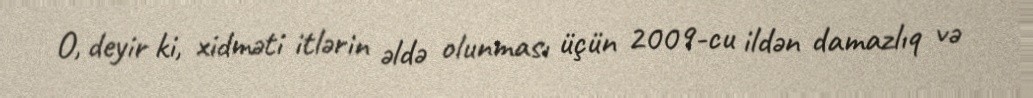
O, deyir ki, xidməti itlərin əldə olunması üçün 2009-cu ildən damazlıq və